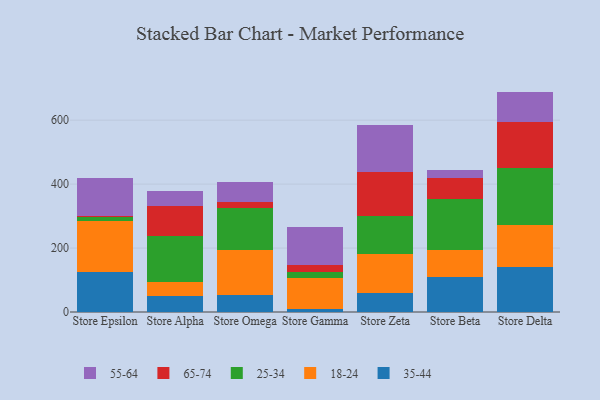
{"axis": {"x": "Store", "y": "Production Output"}, "legend": ["18-24", "25-34", "35-44", "55-64", "65-74"], "data": [{"x": "Store Epsilon", "y": 123.9, "type": "35-44"}, {"x": "Store Epsilon", "y": 161.5, "type": "18-24"}, {"x": "Store Epsilon", "y": 10.5, "type": "25-34"}, {"x": "Store Epsilon", "y": 5.5, "type": "65-74"}, {"x": "Store Epsilon", "y": 117.9, "type": "55-64"}, {"x": "Store Alpha", "y": 50.9, "type": "35-44"}, {"x": "Store Alpha", "y": 43.4, "type": "18-24"}, {"x": "Store Alpha", "y": 143.6, "type": "25-34"}, {"x": "Store Alpha", "y": 93.8, "type": "65-74"}, {"x": "Store Alpha", "y": 47.7, "type": "55-64"}, {"x": "Store Omega", "y": 51.8, "type": "35-44"}, {"x": "Store Omega", "y": 140.8, "type": "18-24"}, {"x": "Store Omega", "y": 131.8, "type": "25-34"}, {"x": "Store Omega", "y": 20.2, "type": "65-74"}, {"x": "Store Omega", "y": 60.7, "type": "55-64"}, {"x": "Store Gamma", "y": 10.5, "type": "35-44"}, {"x": "Store Gamma", "y": 95.6, "type": "18-24"}, {"x": "Store Gamma", "y": 20.0, "type": "25-34"}, {"x": "Store Gamma", "y": 21.6, "type": "65-74"}, {"x": "Store Gamma", "y": 119.6, "type": "55-64"}, {"x": "Store Zeta", "y": 58.9, "type": "35-44"}, {"x": "Store Zeta", "y": 121.9, "type": "18-24"}, {"x": "Store Zeta", "y": 119.3, "type": "25-34"}, {"x": "Store Zeta", "y": 139.0, "type": "65-74"}, {"x": "Store Zeta", "y": 144.3, "type": "55-64"}, {"x": "Store Beta", "y": 110.9, "type": "35-44"}, {"x": "Store Beta", "y": 84.1, "type": "18-24"}, {"x": "Store Beta", "y": 157.7, "type": "25-34"}, {"x": "Store Beta", "y": 67.4, "type": "65-74"}, {"x": "Store Beta", "y": 25.6, "type": "55-64"}, {"x": "Store Delta", "y": 140.2, "type": "35-44"}, {"x": "Store Delta", "y": 132.3, "type": "18-24"}, {"x": "Store Delta", "y": 178.6, "type": "25-34"}, {"x": "Store Delta", "y": 144.1, "type": "65-74"}, {"x": "Store Delta", "y": 94.2, "type": "55-64"}]}